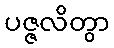
ပဇ္ဇလိတွာ